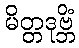
မိတ္တဒုဗ္ဘိံ